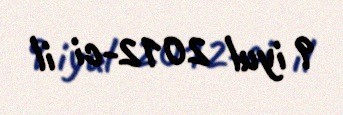
9 iyul 2012-ci il